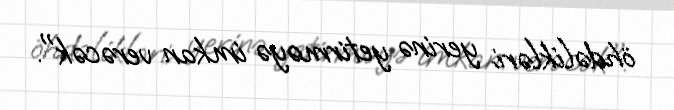
öhdəlikləri yerinə yetirməyə imkan verəcək".